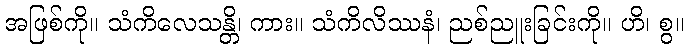
အဖြစ်ကို။ သံကိလေသန္တိ၊ ကား။ သံကိလိဿနံ၊ ညစ်ညူးခြင်းကို။ ဟိ၊ စွ။